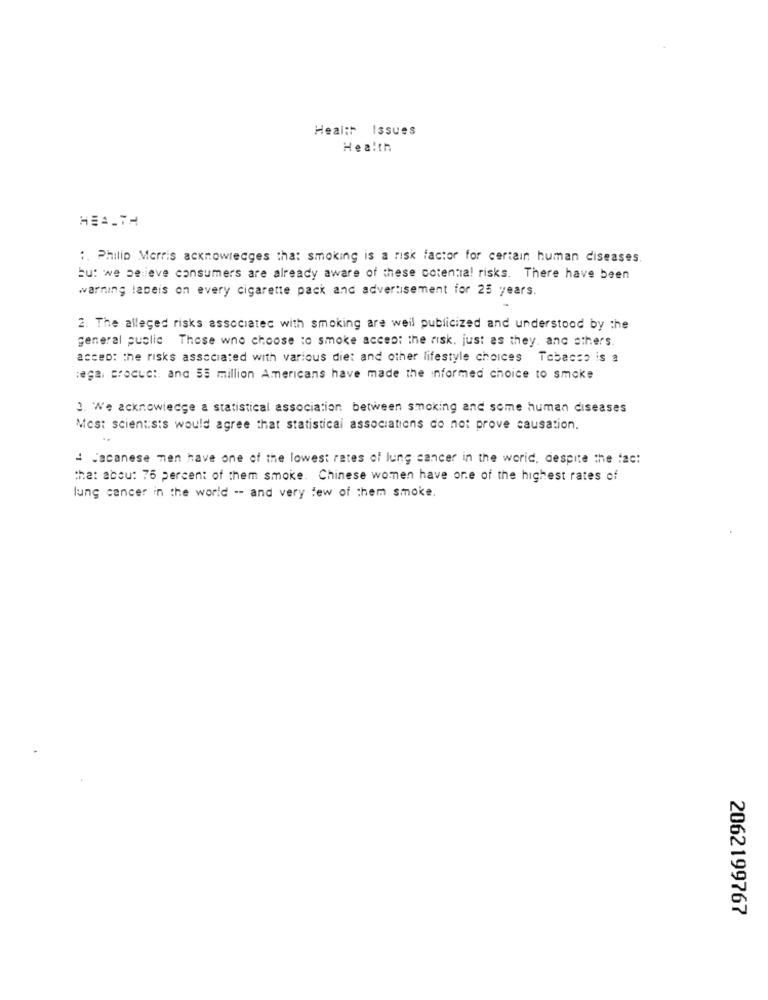
Health
Issues
Health
HEALTH
:. Philip Morris acknowledges that smoking is a risk factor for certain human diseases.
but we believe consumers are already aware of these cotentia! risks. There have been
warning laceis on every cigarette pack and advertisement for 25 years.
2. The alleged risks associated with smoking are weil publicized and understood by the
general public Those who choose to smoke accept the risk, just as they. and others.
accep: the risks associated with various diet and other lifestyle choices Tobacco is a
sega. product. and 55 million Americans have made the informed choice to smoke
3. We acknowledge a statistical association between smoking and some human diseases
Mos: scientists would agree that statistical associations do not prove causation.
4 Jacanese men have one of the lowest rates of lung cancer in the world, despite the fac:
that abou: 76 percent of them smoke. Chinese women have one of the highest rates of
lung cancer in the world -- and very few of them smoke.
2062199767